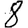
Digit: 8